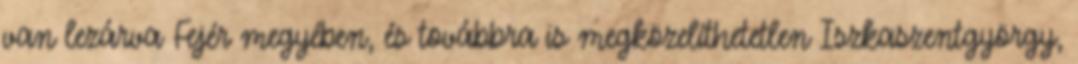
van lezárva Fejér megyében, és továbbra is megközelíthetetlen Iszkaszentgyörgy,